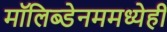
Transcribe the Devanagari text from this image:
मॉलिब्डेनममध्येही